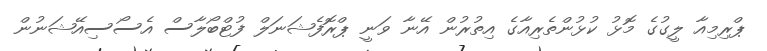
ޕްރިމިއާ ލީގުގެ މޮޅު ކުޅުންތެރިއާގެ އިތުރުން އޭނާ ވަނީ ޕްރޮފެޝަނަލް ފުޓްބޯލާސް އެސޯސިއޭޝަނުން